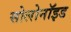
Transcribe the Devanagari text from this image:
सोलोनॉइड